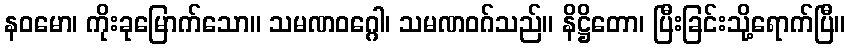
နဝမော၊ ကိုးခုမြောက်သော။ သမဏဝဂ္ဂေါ၊ သမဏဝဂ်သည်။ နိဋ္ဌိတော၊ ပြီးခြင်းသို့ရောက်ပြီ။